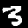
Label: 3